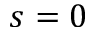
s = 0